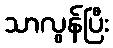
သာလွန်ပြီး